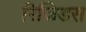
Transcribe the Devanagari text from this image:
रिजिडस